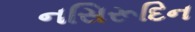
નસિરૂદિન